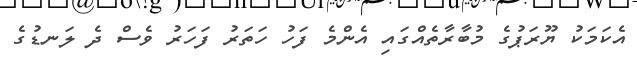
އެކަމަކު ޔޫރަޕުގެ މުބާރާތެއްގައި އެންމެ ފަހު ހަތަރު ފަހަރު ވެސް ދެ ލަނޑުގެ